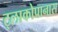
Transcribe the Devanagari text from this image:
ट्लाकोपानास